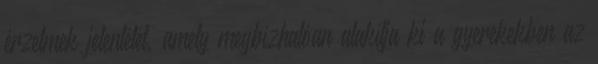
érzelmek jelenlétét, amely megbízhatóan alakítja ki a gyerekekben az